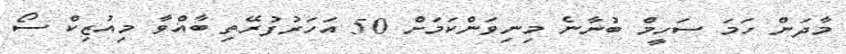
މާދަން ހަމަ ސަހީމް ބުނާނެ މިނިވަންކަމަށް 50 އަހަރުފުރޭތި ބާއްވާ މިއުޒިކް ސޯ